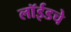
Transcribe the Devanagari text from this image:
लॉईडचे